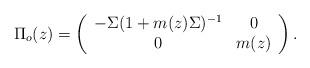
LaTeX: \begin{align*} \Pi_o(z)=\left( {\begin{array}{*{20}c} { -\Sigma (1+m(z)\Sigma)^{-1}}& 0 \\ 0 & {m(z)} \\ \end{array}} \right).\end{align*}